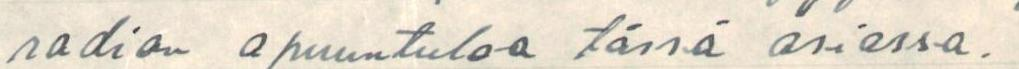
radion apuuntuloa tässä asiassa.